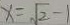
x = \sqrt { 2 } - 1